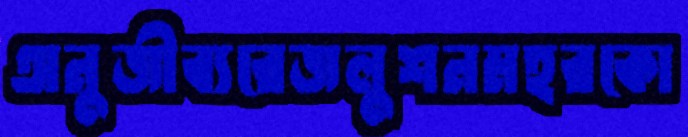
অনুজীব্যরেজলুশনমহরকো